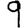
Digit: 9